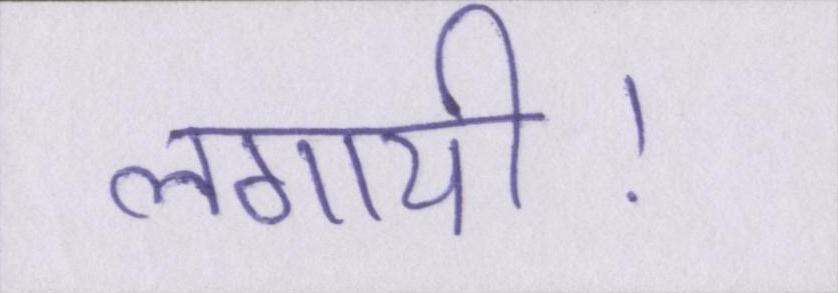
लगायी।